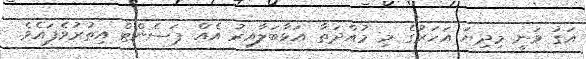
އަގު ވަނީ މިދިޔަ އަހަރުގެ މި މުއްދަތާ އަޅާބަލާއިރު އެއް ޕަސެންޓް އިތުރުވެފައެވެ.